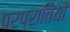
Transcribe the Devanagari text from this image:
परप्रातियों